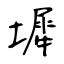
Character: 墀